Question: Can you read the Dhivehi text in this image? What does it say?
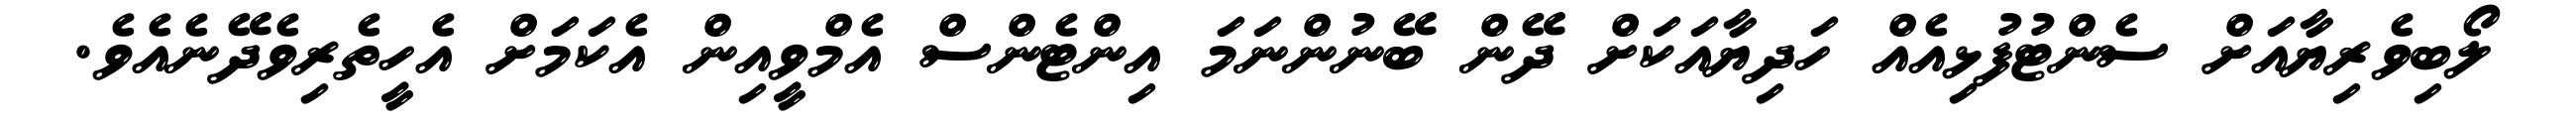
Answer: ލޯބިވެރިޔާއަށް ސެންޓުފުޅިއެއް ހަދިޔާއަކަށް ދޭން ބޭނުންނަމަ އިންޓެންސް އެމްވީއިން އެކަމަށް އެހީތެރިވެދޭނެއެވެ.